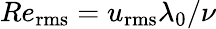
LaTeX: Re_{\mathrm{rms}}=u_{\mathrm{rms}}\lambda_{0}/\nu